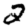
Digit: 2